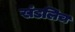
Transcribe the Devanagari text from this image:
खंडलिच